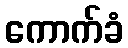
ကောက်ခံ